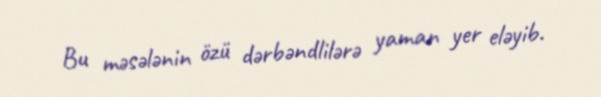
Bu məsələnin özü dərbəndlilərə yaman yer eləyib.